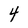
Character: 4